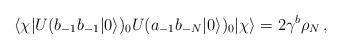
LaTeX: \begin{align*}\langle\chi|U(b_{-1}b_{-1}|0\rangle)_0U(a_{-1}b_{-N}|0\rangle)_0|\chi\rangle=2\gamma^b\rho_N\,,\end{align*}